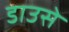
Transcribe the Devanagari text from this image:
डाउसे